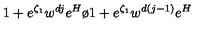
{ { 1 + e ^ { \zeta _ { 1 } } w ^ { d j } e ^ { H } } \o { 1 + e ^ { \zeta _ { 1 } } w ^ { d ( j - 1 ) } e ^ { H } } }